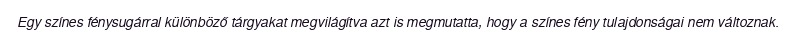
Egy színes fénysugárral különböző tárgyakat megvilágítva azt is megmutatta, hogy a színes fény tulajdonságai nem változnak.